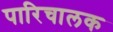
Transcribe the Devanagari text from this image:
पारिचालक